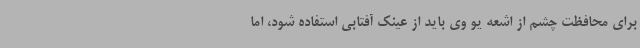
برای محافظت چشم از اشعه یو وی باید از عینک آفتابی استفاده شود، اما